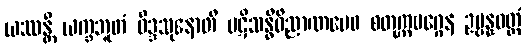
ယဿန္တိ ယက္ခဘူတံ ဝိဒ္ဒသုနောတိ ပဋိသန္ဓိဝိညာဏမေဝ စတုက္ကမဂ္ဂေန ဥပ္ပန္နဝတ္ထံ